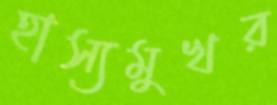
হাস্যমুখর